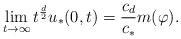
LaTeX: \begin{align*}\lim_{t\to\infty}t^{\frac{d}{2}}u_*(0,t)=\frac{c_d}{c_*}m(\varphi).\end{align*}